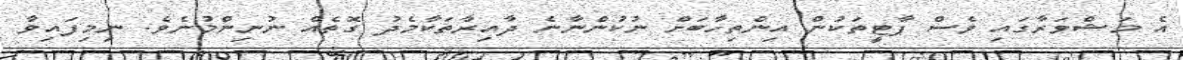
އެ މަޝްވަރާގައި ވެސް ޕާޓީތަކުން އިންތިހާބަށް ނުކުންނާނެ ދާއިރާތަކާމެދު ގޮތެއް ނުނިންމުނެވެ. ނިމިފައިވާ